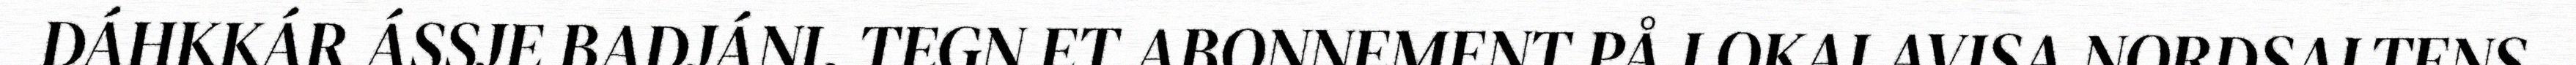
DÁHKKÁR ÁSSJE BADJÁNI. TEGN ET ABONNEMENT PÅ LOKALAVISA NORDSALTENS